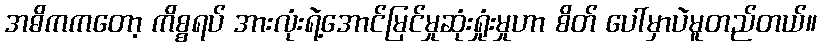
အဓိကကတော့ ကိစ္စရပ် အားလုံးရဲ့အောင်မြင်မှုဆုံးရှုံးမှုဟာ စိတ် ပေါ်မှာပဲမူတည်တယ်။